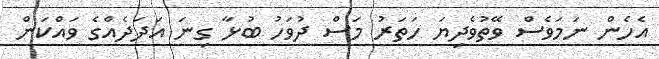
އެހެން ނަމަވެސް ވޭތުވެދިޔަ ހަތަރު މަސް ދުވަހު ބުޅާ ގިނަ އަދަދެއްގެ ވައްކަން